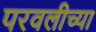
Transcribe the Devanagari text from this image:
परवलीच्या